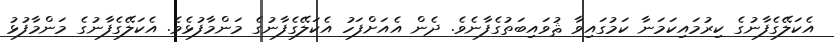
އެކަލޭގެފާނުގެ ކިރުމައިކަމަނާ ކަމުގައިވާ ޘުވައިބަތުގެފާނެވެ. ދެން އެއަށްފަހު އެކަލޭގެފާނުގެ މަންމާފުޅެވެ. އެކަލޭގެފާނުގެ މަންމާފުޅު